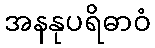
အနနုပရိဓာဝံ